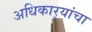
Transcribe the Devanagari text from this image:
अधिकार्‍यांचा